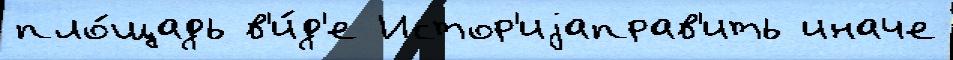
пло́щадь в'и́д'е Истор'иjаправ'ить иначе